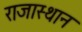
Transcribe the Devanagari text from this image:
राजास्थान